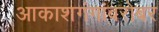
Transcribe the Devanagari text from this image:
आकाशगंगांबरोबर